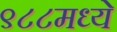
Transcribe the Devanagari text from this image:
९८८मध्ये